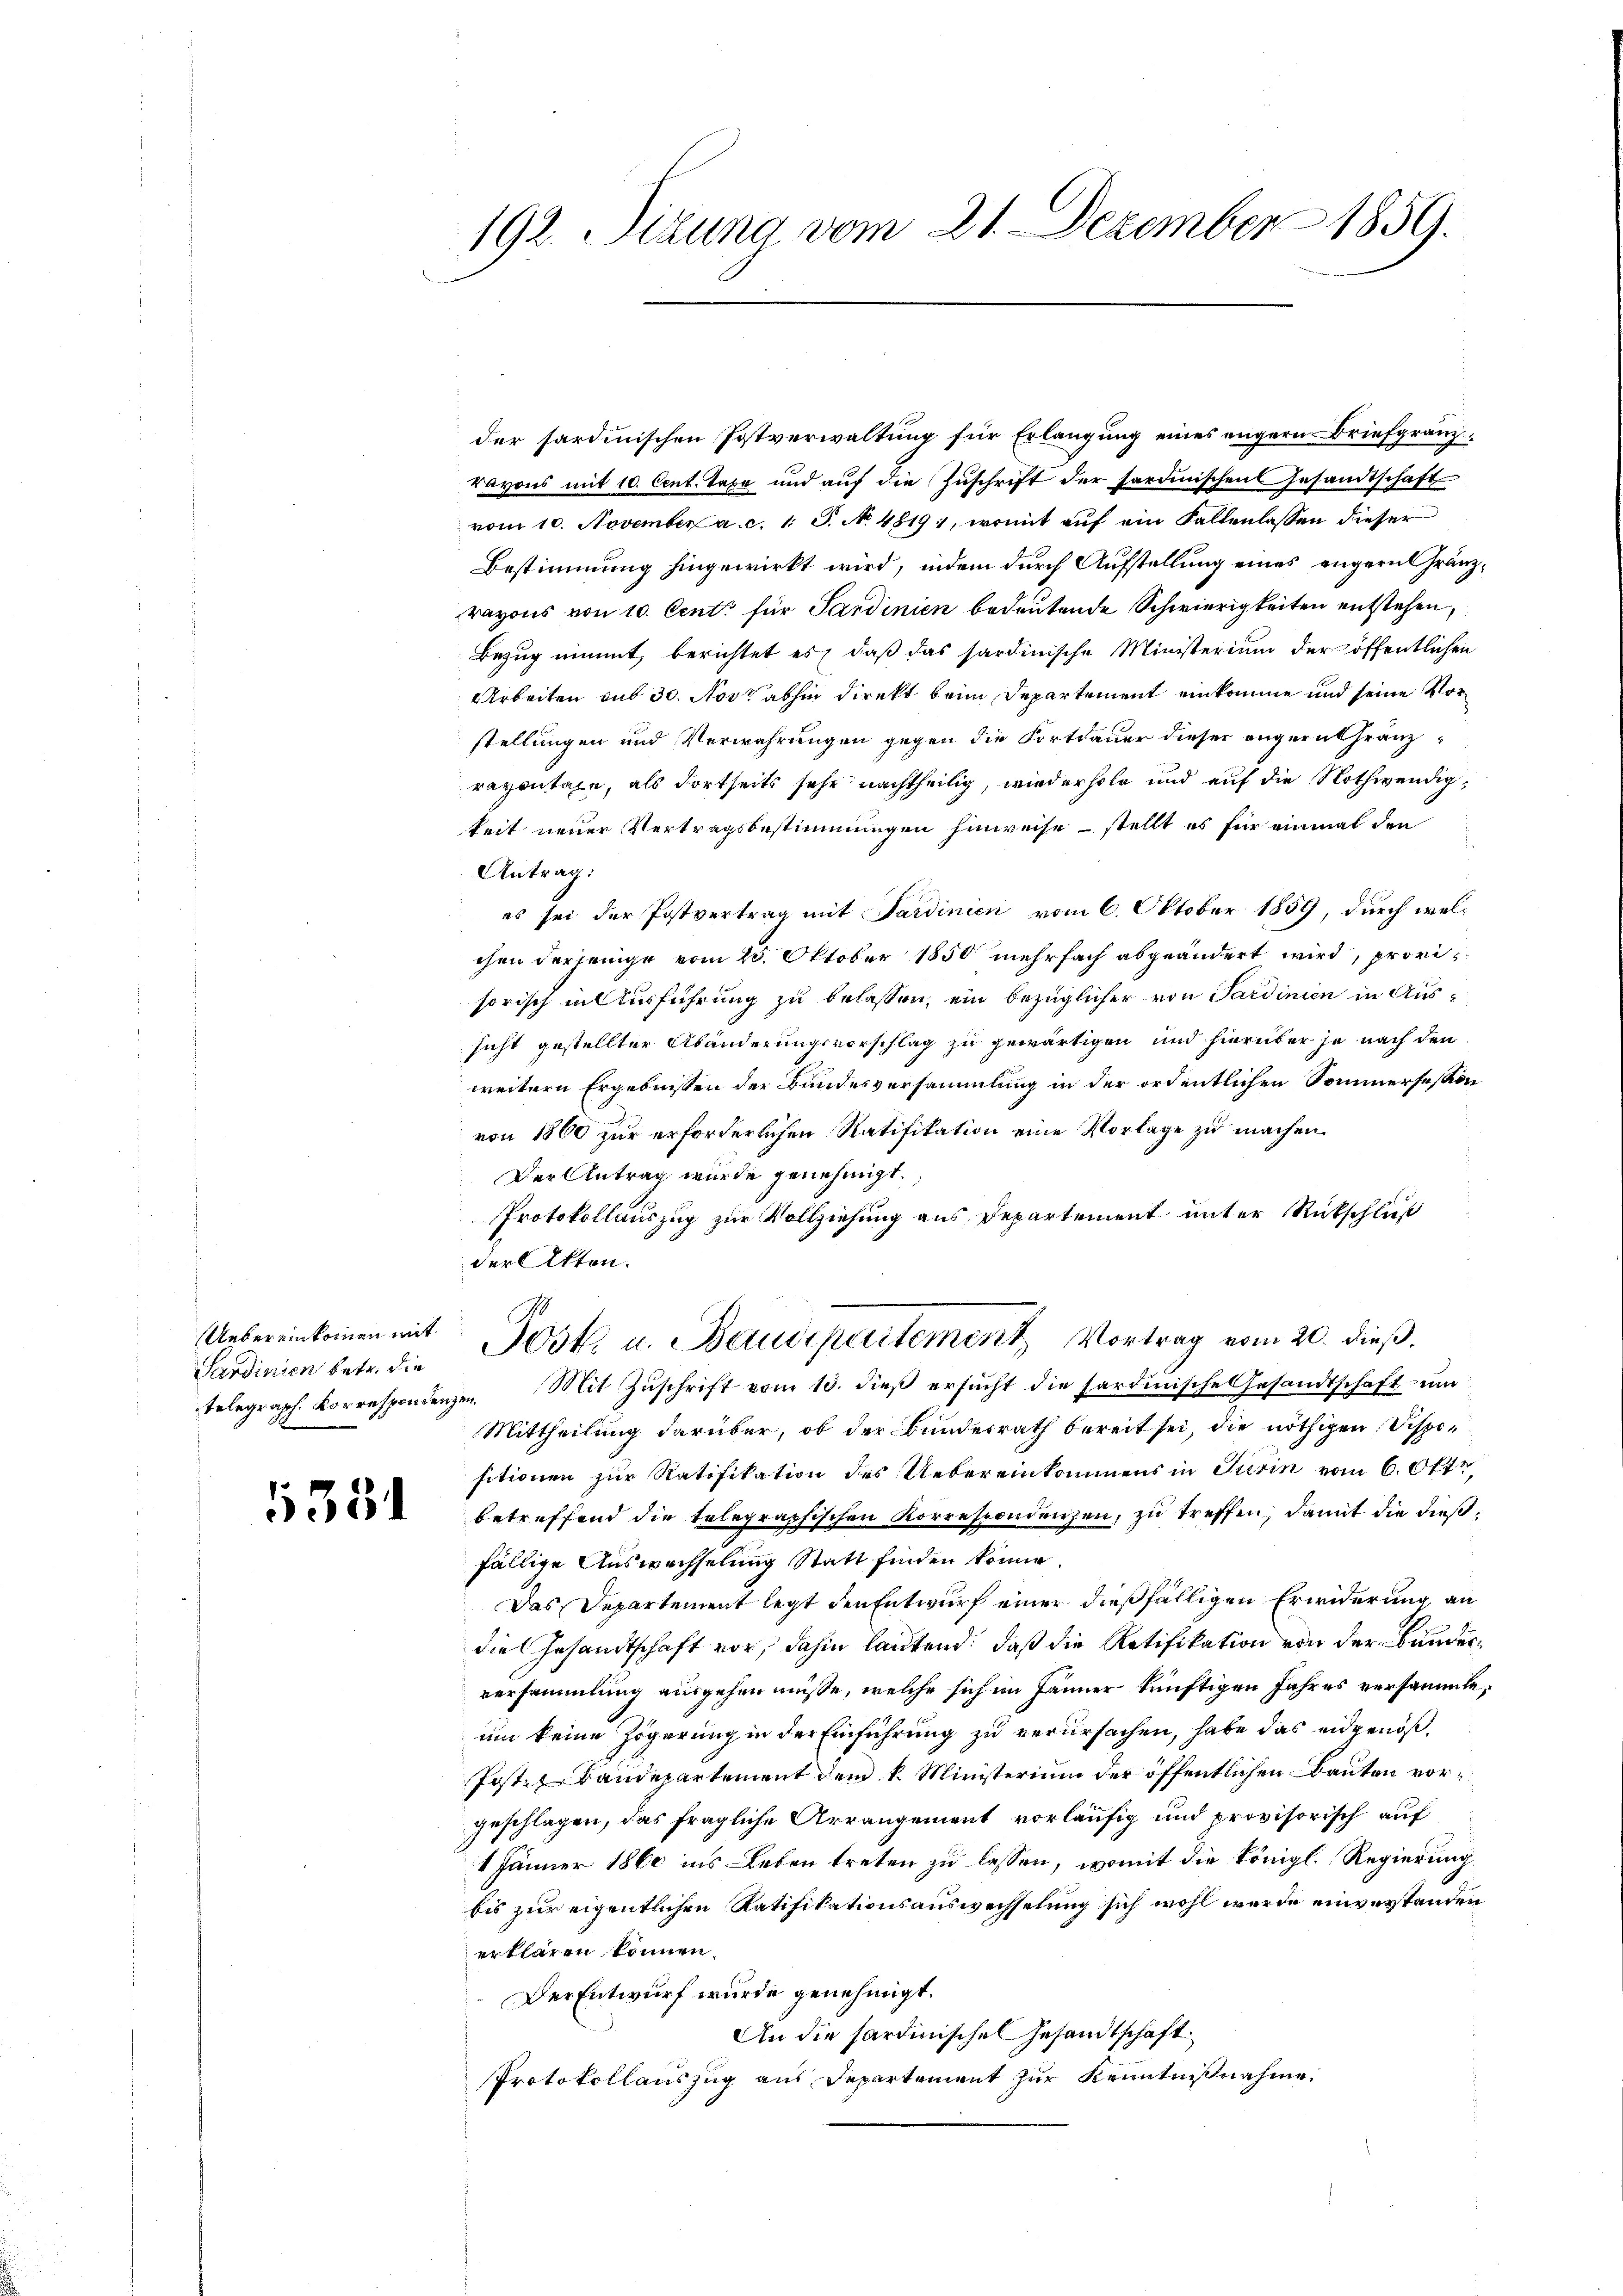
Sardinien betr. die

5351

192. Sizung vom 21. Dezember 1859.

der sardinischen Postverwaltung für Erlangung eines engern Briefgränzravons mit 10. Cent. Taxe und auf die Zuschrift der fordinischen Gesandtschaft
vom 10. November a. c. 1 S. No. 4819), womit auf ein Fallenlassen dieser
Bestimmung hingewirkt wird, indem durch Aufstellung eines engern Gränzrayons von 10. Cent für Sardinien bedeutende Schwierigkeiten entstehen,
Bezug nimmt, berichtet es, daß das hardinische Ministerium der öffentlichen
Arbeiten sub 30. Nov. abhin direkt beim Departement einkomme und seine Vorstellungen und Verwahrungen gegen die Fortdauer dieser angern Granz-
razontage, als dortseits sehr nachtheilig, wiederhole und auf die Nothwendigkeit neuer Vertragsbestimmungen hinweise – stellt es für einmal den
Antrag:
es sei der Postvertrag mit Sardinien vom 6. Oktober 1859, durch welchen derjenige vom 25. Oktober 1850 mehrfach abgeändert wird, provisorisch in Ausführung zu belassen, ein bezüglicher von Sardinien in Aussicht gestellter Abänderungsvorschlag zu gewärtigen und hierüber je nach den
weitern Ergebnissen der Bundesversammlung in der ordentlichen Sommersession
von 1860 zur erforderlichen Ratifikation eine Vorlage zu machen.
Der Antrag wurde genehmigt.
Protokollauszug zur Vollziehung aus Departement unter Rückschluß
der Akten.
.
Uebereinkommen mit Jost u. Baudepartement, Vortrag vom 20. dieß.
telegraph. Korrespondenzen. Mit Zuschrift vom 13. dieß ersucht die sardinische Gesandtschaft um
Mittheilung darüber, ob der Bundesrath bereit sei, die nöthigen Dispo-
sitionen zur Ratifikation des Uebereinkommens in Turin vom 6. Okt.,
betreffend die telegraphischen Korrespondenzen, zu treffen, damit die dießfällige Auswechselung Statt finden könne.
Das Departement legt den Entwurf einer dießfälligen Erwiderung an
die Gesandtschaft vor, dahin lautend, daß die Ratifikation von der Bunderversammlung ausgehen müsse, welche sich im Jänner künftigen Jahres versammte,
um keine Zögerung in der Einführung zu verursachen, habe das eidgenößfosten Baudepartement dem k. Ministerium der öffentlichen Bauten vorgeschlagen, das fragliche Arrangement vorläufig und provisorisch auf
1 Jänner 1860 ins Leben treten zu lassen, womit die königl. Regierung
bis zur eigentlichen Ratifikationsauswechselung sich wohl wurde einverstanden
erklären können.
Der Entwurf wurde genehmigt.
An die Sardinischen Gesandtschaft.
Protokollauszug aus Departement zur Kenntnißnahme.